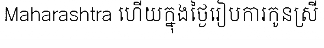
Maharashtra ហើយក្នុងថ្ងៃរៀបការកូនស្រី